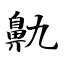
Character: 鼽